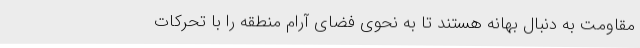
مقاومت به دنبال بهانه هستند تا به نحوی فضای آرام منطقه را با تحرکات